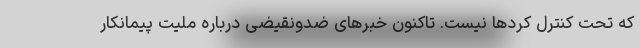
که تحت کنترل کردها نیست. تاکنون خبرهای ضدونقیضی درباره ملیت پیمانکار